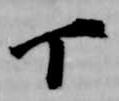
丁